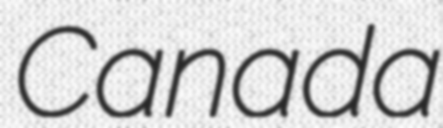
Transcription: Canada